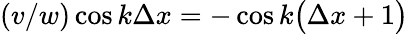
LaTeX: (v/w)\cos{k\Delta x}=-\cos{k\big(\Delta x+1\big)}